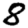
Digit: 8